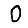
Digit: 0